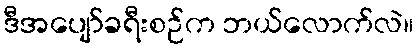
ဒီအပျော်ခရီးစဉ်က ဘယ်လောက်လဲ။